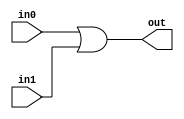
`timescale 1ns / 1ps
//////////////////////////////////////////////////////////////////////////////////
// Company: 
// Engineer: 
// 
// Design Name: 
// Module Name:    OR2 
// Project Name: 
// Target Devices: 
// Tool versions: 
// Description: 
//
// Dependencies: 
//
// Revision: 
// Revision 0.01 - File Created
// Additional Comments: 
//
// Copyright (c) 2011-2013 Arno Stock <arno.stock@yahoo.de>
//
// This program is free software; you can redistribute it and/or modify
// it under the terms of the GNU General Public License version 2 as
// published by the Free Software Foundation.
//
//////////////////////////////////////////////////////////////////////////////////
module OR2(
    input in0,
    input in1,
    output out
    );

assign out = in0 | in1;

endmodule